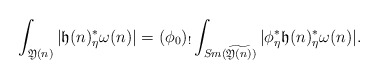
\begin{align*}\int_{\mathfrak Y(n)}|\mathfrak h(n)_{\eta}^*\omega(n)|=(\phi_0)_!\int_{Sm(\widetilde{\mathfrak Y(n)})}|\phi_{\eta}^*\mathfrak h(n)_{\eta}^*\omega(n)|.\end{align*}